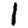
Digit: 1